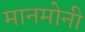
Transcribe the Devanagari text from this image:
मानमोनी